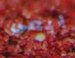
بيعي